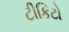
ટીકિટો